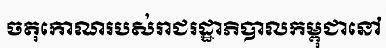
ចតុកោណរបស់រាជរដ្ឋាភិបាលកម្ពុជានៅ